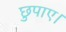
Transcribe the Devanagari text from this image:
छुपाए।